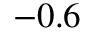
- 0 . 6